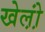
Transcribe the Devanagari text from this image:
खेल़ो़ं